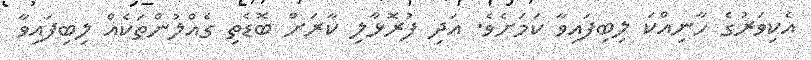
އެކިވަރުގެ ހާނިއްކަ ލިބިފައިވާ ކަމަށެވެ. އަދި ފުރޮޅާލި ކާރަށް ބޮޑެތި ގެއްލުންތަކެއް ލިބިފައިވާ